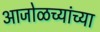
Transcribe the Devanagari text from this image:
आजोळच्यांच्या